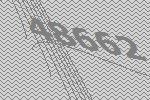
48662